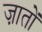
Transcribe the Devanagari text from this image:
ज़ातों